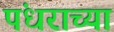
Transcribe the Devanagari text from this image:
पंधराच्या